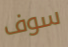
سوف